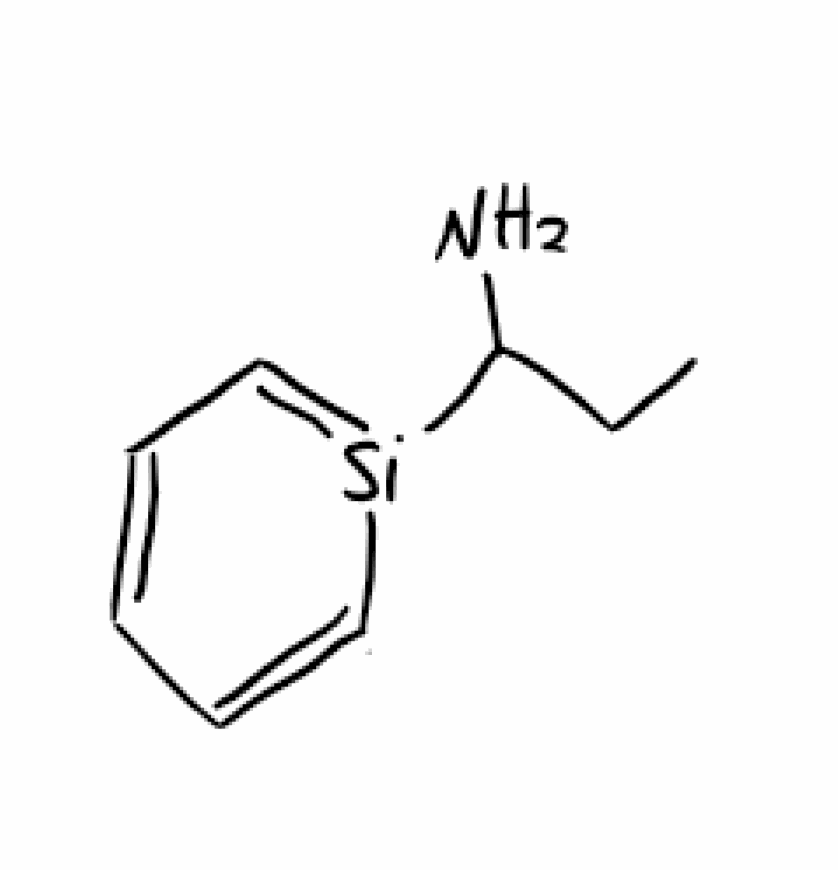
Simplified molecular-input line-entry system (SMILES) notation of the given molecule:
CCC(N)[Si]1=CC=CC=C1